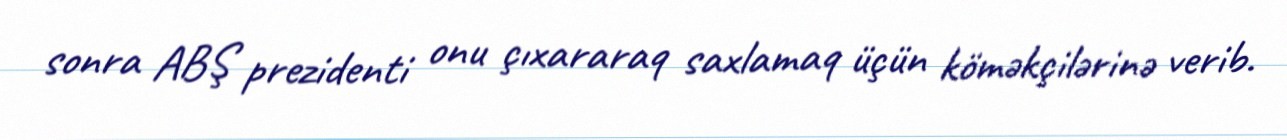
sonra ABŞ prezidenti onu çıxararaq saxlamaq üçün köməkçilərinə verib.